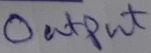
Text: Output